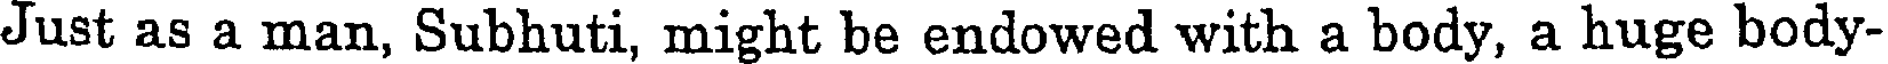
Just as a man, Subhuti, might be endowed with a body, a huge body-